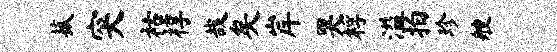
菰突祜椁哉矣岸哭桴溢拍珍艘